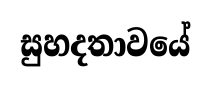
සුහදතාවයේ